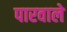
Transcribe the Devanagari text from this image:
पारवाले